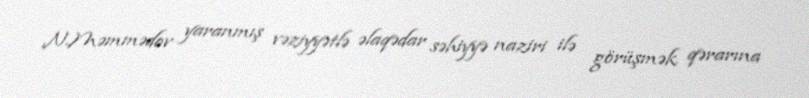
N.Məmmədov yaranmış vəziyyətlə əlaqədar səhiyyə naziri ilə görüşmək qərarına